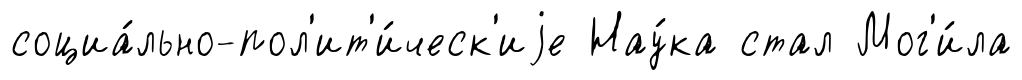
социа́льно-пол'ит'и́ческ'иjе Нау́ка стал Мог'и́ла